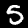
Label: 5